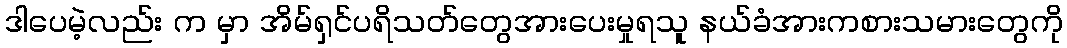
ဒါပေမဲ့လည်း က မှာ အိမ်ရှင်ပရိသတ်တွေအားပေးမှုရသူ နယ်ခံအားကစားသမားတွေကို